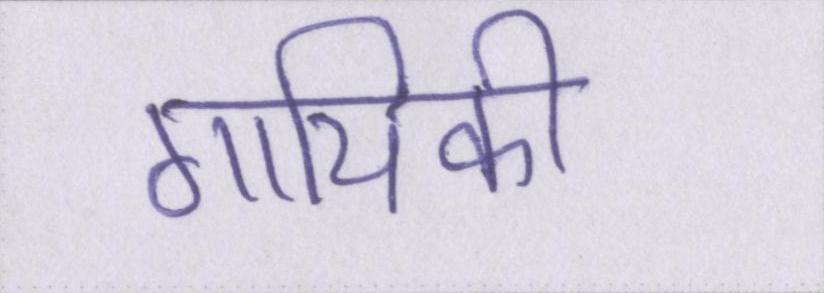
गायिकी